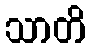
သာတိ